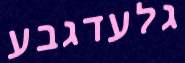
גלעדגבע